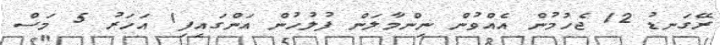
ރޭގަނޑު 12 ޖެހުމުން އެއްވުން ނިންމާލަން ފުލުހުން އަންގައިފި1 އަހަރު 5 މަސް